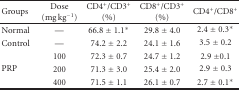
<table><thead><tr><td><b>Groups</b></td><td><b>Dose (mg kg<sup>−1</sup>)</b></td><td><b>CD4<sup>+</sup>/CD3<sup>+</sup> (%)</b></td><td><b>CD8<sup>+</sup>/CD3<sup>+</sup> (%)</b></td><td><b>CD4<sup>+</sup>/CD8<sup>+</sup></b></td></tr></thead><tbody><tr><td>Normal</td><td>—</td><td>66.8 ± 1.1*</td><td>29.8 ± 4.0</td><td>2.4 ± 0.3*</td></tr><tr><td>Control</td><td>—</td><td>74.2 ± 2.2</td><td>24.1 ± 1.6</td><td>3.5 ± 0.2</td></tr><tr><td rowspan="3">PRP</td><td>100</td><td>72.3 ± 0.7</td><td>24.7 ± 1.2</td><td>2.9 ±0.1</td></tr><tr><td>200</td><td>71.3 ± 3.0</td><td>25.4 ± 2.0</td><td>2.9 ± 0.3</td></tr><tr><td>400</td><td>71.5 ± 1.1</td><td>26.1 ± 0.7</td><td>2.7 ± 0.1*</td></tr></tbody></table>